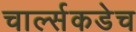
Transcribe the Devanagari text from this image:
चार्ल्सकडेच